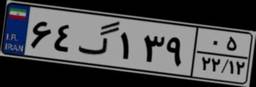
۶۴گ۱۳۹۰۵